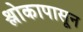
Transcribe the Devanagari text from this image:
श्लोकापासून